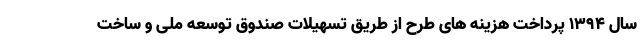
سال 1394 پرداخت هزینه های طرح از طریق تسهیلات صندوق توسعه ملی و ساخت